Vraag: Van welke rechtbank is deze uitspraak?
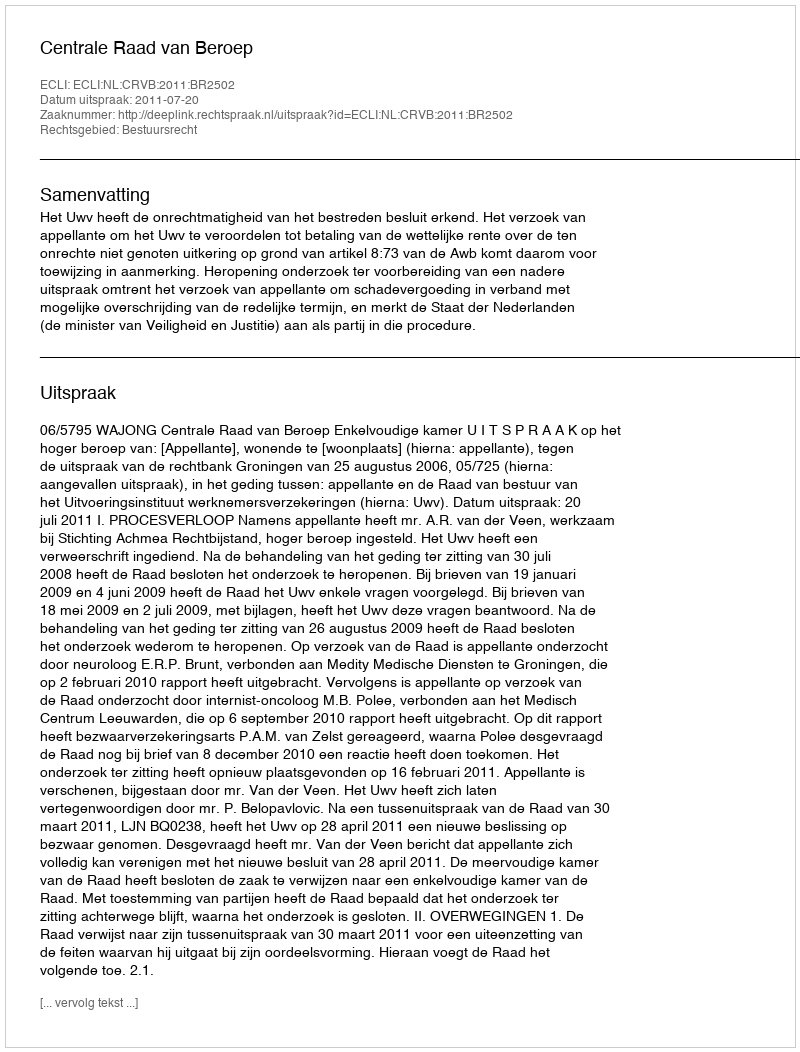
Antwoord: Centrale Raad van Beroep